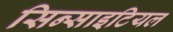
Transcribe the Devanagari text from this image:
सिन्साइटियल